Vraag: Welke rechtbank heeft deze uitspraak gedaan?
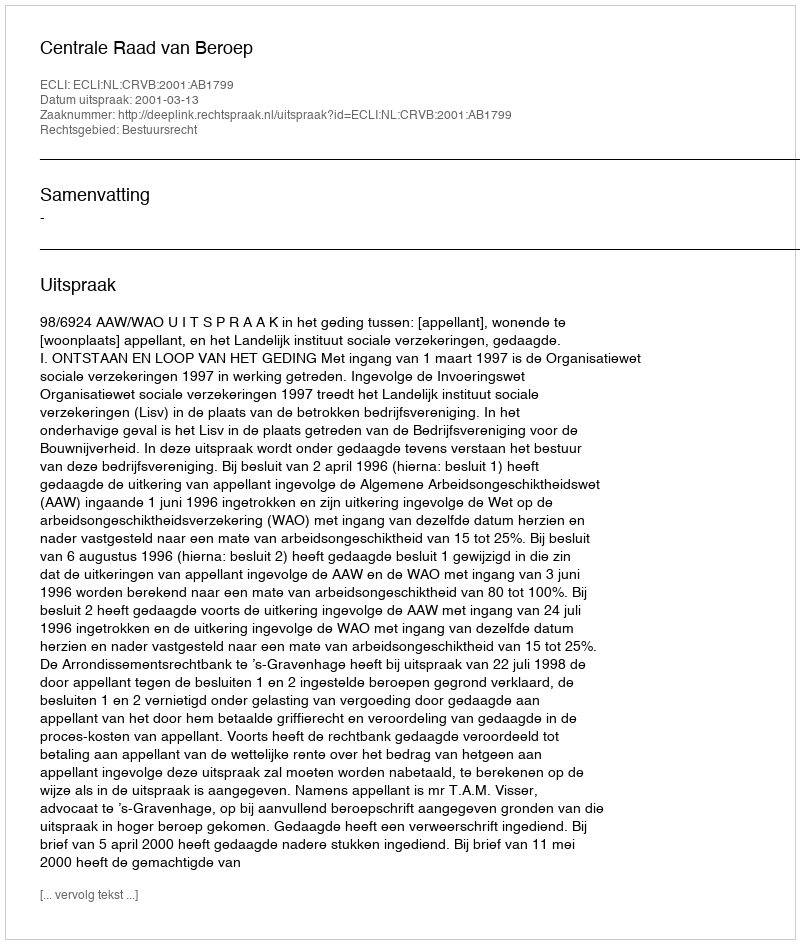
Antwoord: Centrale Raad van Beroep